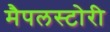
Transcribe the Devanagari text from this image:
मैपलस्टोरी